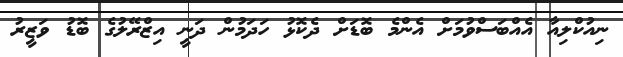
ނިއުކްލިއާ އެއްބަސްވުމަށް އެންމެ ބޮޑަށް ދެކޮޅު ހަދަމުން ދަނީ އިޒްރޭލުގެ ބޮޑު ވަޒީރު